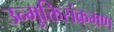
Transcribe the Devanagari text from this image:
उन्मुक्तिसंक्रमण